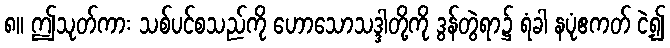
၈။ ဤသုတ်ကား သစ်ပင်စသည်ကို ဟောသောသဒ္ဒါတို့ကို ဒွန်တွဲရာ၌ ရံခါ နပုံဧကတ် ငဲ့၍